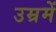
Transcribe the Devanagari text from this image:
उम्रमें